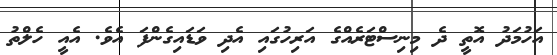
އަހުމަދު އޮތީ ދެ މިނިސްޓަރެއްގެ އަރިހުގައި އެދި ވަޑައިގެންފަ އެވެ. އެއީ ހެލްތު